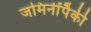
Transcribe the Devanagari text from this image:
जमिनींपैकी